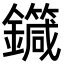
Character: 𨮼